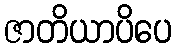
ဇာတိယာပိပေ